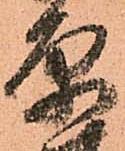
原